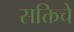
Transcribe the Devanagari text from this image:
सक्तिचे